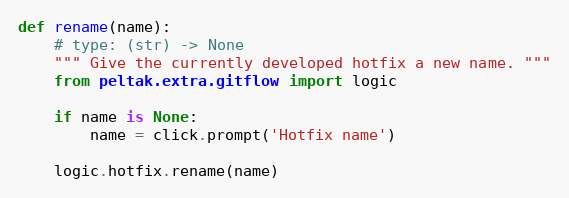
Language: Python
def rename(name):
    # type: (str) -> None
    """ Give the currently developed hotfix a new name. """
    from peltak.extra.gitflow import logic

    if name is None:
        name = click.prompt('Hotfix name')

    logic.hotfix.rename(name)